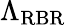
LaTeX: \Lambda_{\mathrm{RBR}}